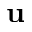
{ \bf u }